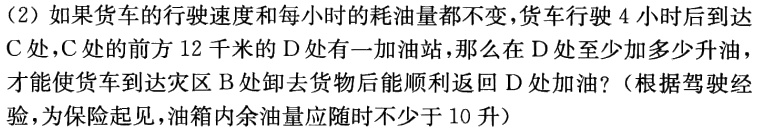
（2）如果货车的行驶速度和每小时的耗油量都不变，货车行驶4小时后到达C处，C处的前方12千米的D处有一加油站，那么在D处至少加多少升油，才能使货车到达灾区B处卸去货物后能顺利返回D处加油？（根据驾驶经验，为保险起见，油箱内余油量应随时不少于10升）